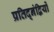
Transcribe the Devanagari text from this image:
प्रतिद्नंद्वियों